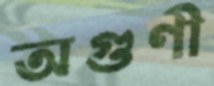
অগুণী